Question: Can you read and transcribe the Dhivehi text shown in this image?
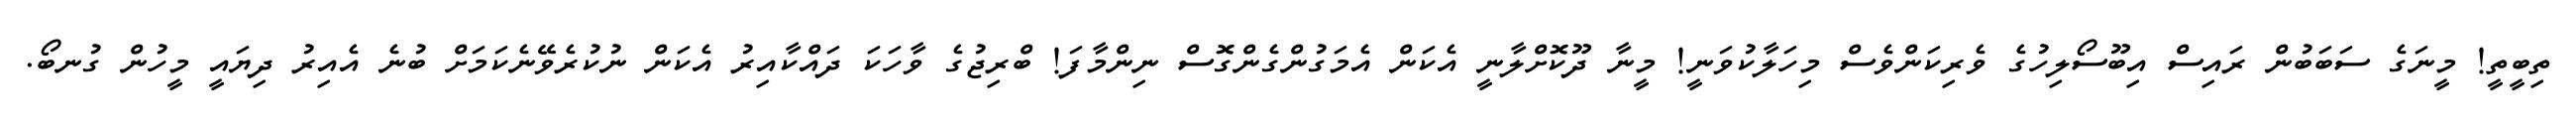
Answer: ތިބީތީ! މީނަގެ ސަބަބުން ރައިސް އިބޫސޯލިހުގެ ވެރިކަންވެސް މިހަލާކުވަނީ! މީނާ ދޫކޮށްލާނީ އެކަން އެމަގުންގެންގޮސް ނިންމާފަ! ބްރިޖުގެ ވާހަކަ ދައްކާއިރު އެކަން ނުކުރެވޭނެކަމަށް ބުނެ އެއިރު ދިޔައީ މީހުން ގުނބޯ.